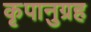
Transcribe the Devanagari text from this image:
कृपानुग्रह